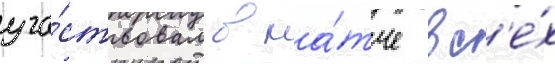
уча́ствовал в ма́тче вс'е́х